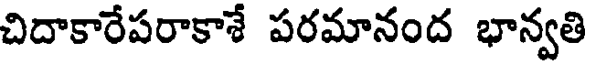
చిదాకారేపరాకాశే పరమానంద భాన్వతి